system: You are a helpful assistant.
user:
Analyze the provided spectrum to determine if it is a **"Cataclysmic Variables (CV)"**.

- **Key Indicators for CV (Check for either state):**
    - **State 1: Quiescent / Low-State (Emission-Dominated)**
        - **(Primary):** Strong and *very broad* Hydrogen Balmer emission lines (e.g., $H\alpha$ at 6563 Å, $H\beta$ at 4861 Å). The 'broadness' (high velocity dispersion, often FWHM > 1000 km/s) is the key diagnostic, indicating a high-velocity accretion disk.
        - **(Secondary):** Broad neutral Helium (He I) emission lines (e.g., 5876 Å, 6678 Å).
        - **(Key Confirmation):** Presence of high-excitation *ionized* Helium (He II) emission at 4686 Å. This is a strong indicator of accretion onto a white dwarf.
        - **(Line Profile):** Emission lines may exhibit a 'double-peaked' profile, which is a classic signature of a rotating accretion disk viewed at high inclination.

    - **State 2: Outburst / High-State (Absorption-Dominated)**
        - **(Primary):** Spectrum is dominated by a bright, blue continuum (looks like a hot star).
        - **(Secondary):** The emission lines from State 1 are weak, absent, or 'filled in', and are replaced by broad, shallow *absorption* lines (primarily Balmer and He I).
        - **(Morphology):** The overall spectrum mimics a hot B/A-type star. The crucial difference is that the absorption lines are significantly broader, shallower, and more 'washed-out' (or 'smeared') than the sharp lines of a normal stellar photosphere, due to high rotational speeds and pressure broadening in the disk.

Think first, call **spectral_visualization_tool** if needed to examine features in detail, then provide your final answer. Your response must adhere to the following strict rules:
1.  **Overall Structure:** Your response must follow the format `<think>...</think> <tool_call>...</tool_call> (if a tool is used) <answer>...</answer>`.
2.  **Tool Usage Constraint:** You may only make **one** tool call per turn.
3.  **Final Answer Format:** In the `<answer>` tag, your conclusion must be inside a `\boxed{}` command (e.g., `\boxed{YES}`), followed by your justification.

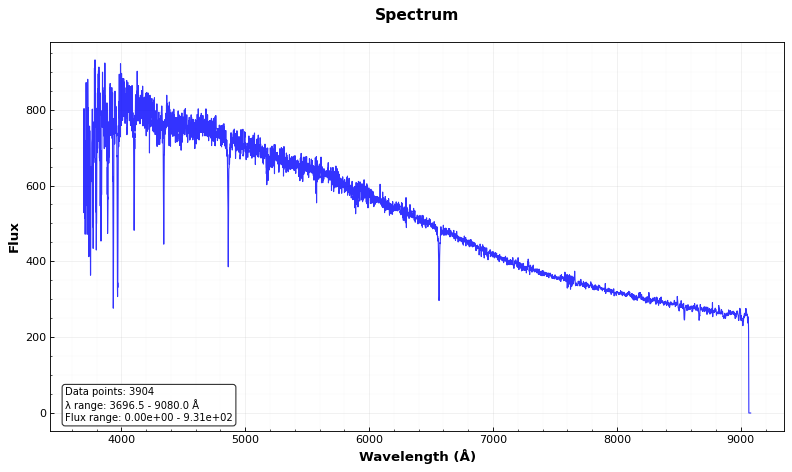
Answer: NO